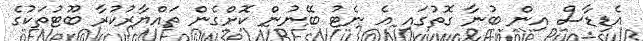
އެޑިޑާސް އިން ބުނާ ގޮތުގައި އެ ނެޓު ބޭނުން ކޮށްގެން ތައްޔާރުކުރާ ބޫޓުތަކުގެ